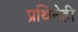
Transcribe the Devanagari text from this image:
प्रथिनेही